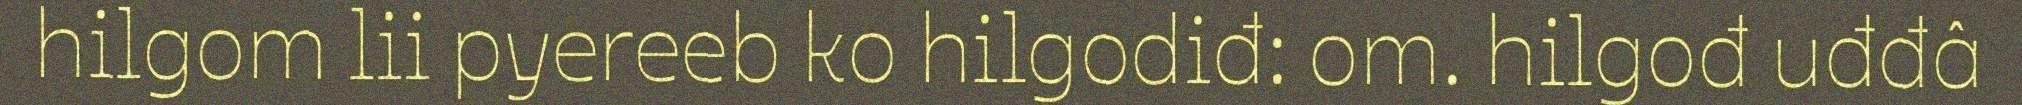
hilgom lii pyereeb ko hilgodiđ: om. hilgođ uđđâ